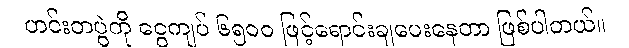
ဟင်းတပွဲကို ငွေကျပ် ၆၅၀၀ ဖြင့်ရောင်းချပေးနေတာ ဖြစ်ပါတယ်။